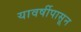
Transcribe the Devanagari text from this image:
यावर्षीपासून